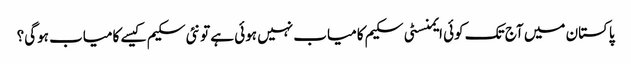
پاکستان میں آج تک کوئی ایمنسٹی سکیم کامیاب نہیں ہوئی ہے تو نئی سکیم کیسے کامیاب ہوگی؟